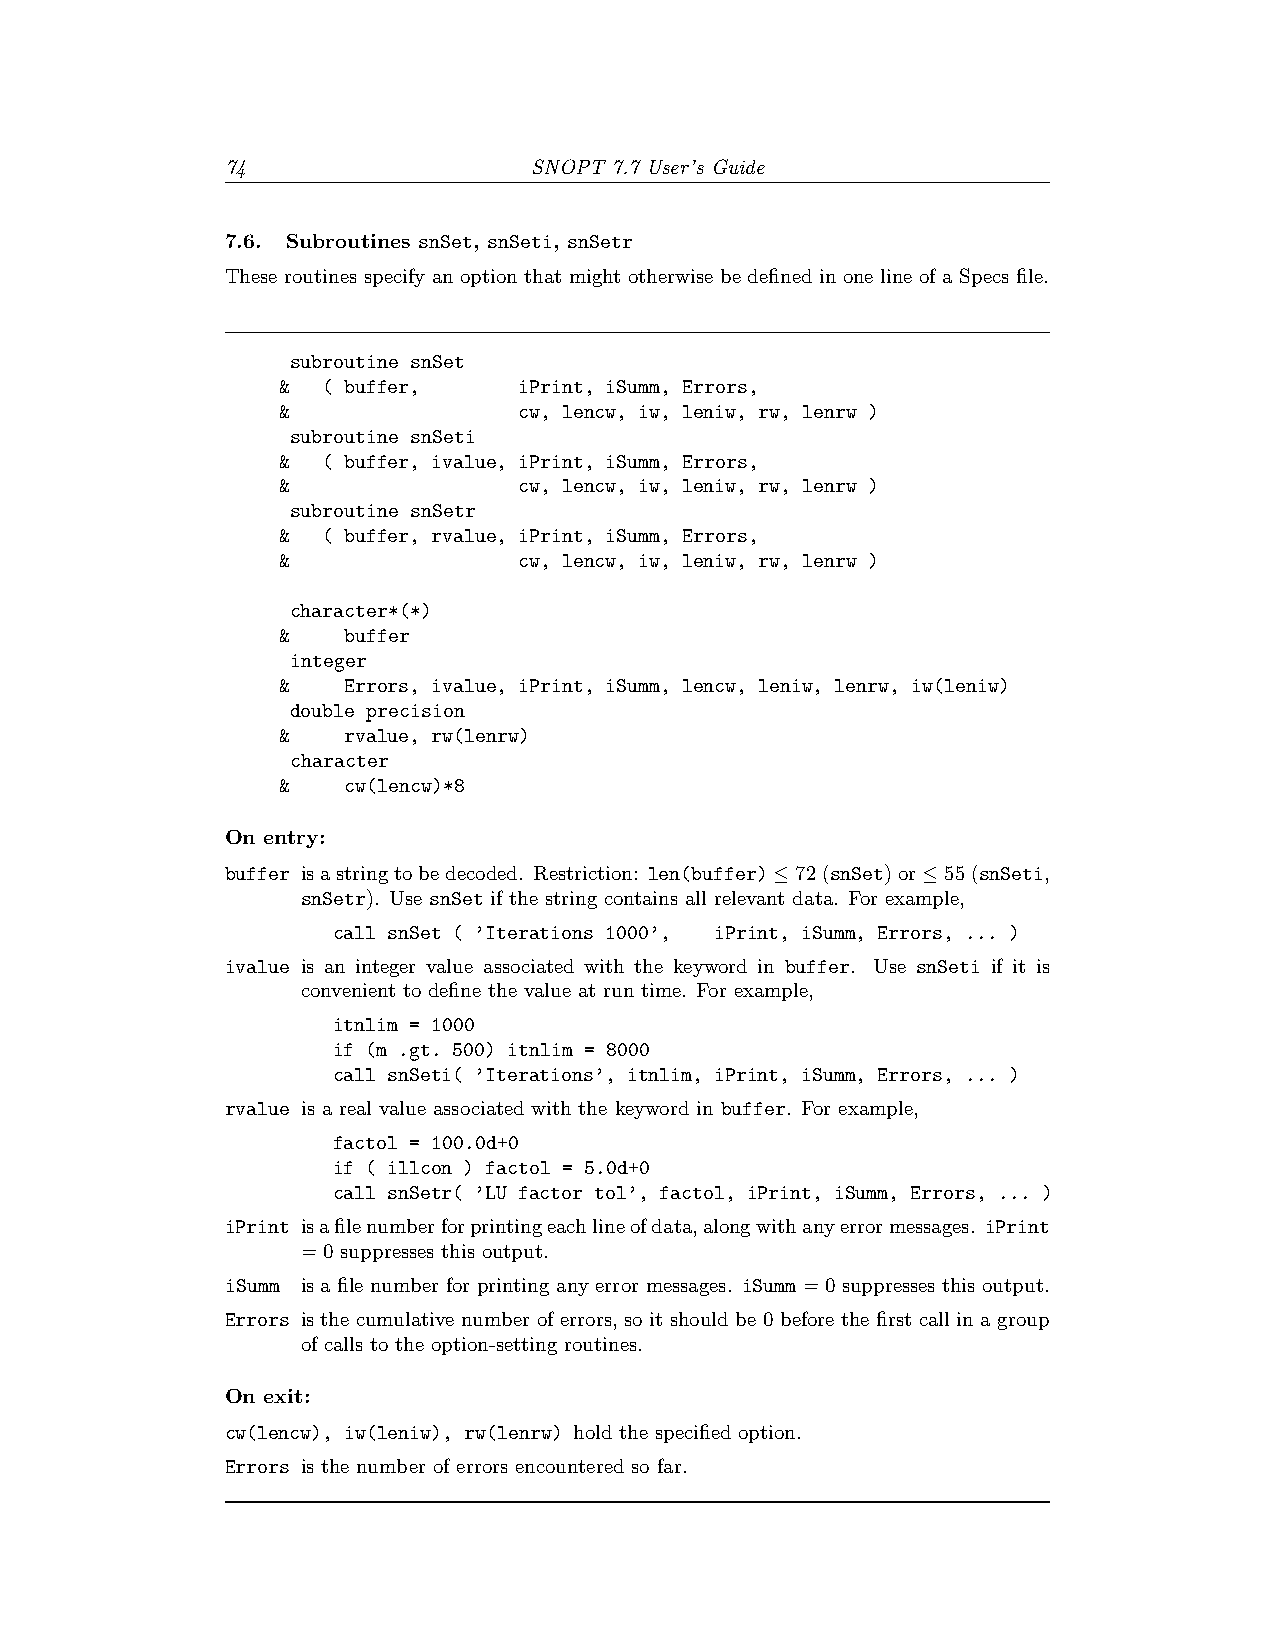
74                  SNOPT 7.7 User’s Guide
 7.6. Subroutines snSet, snSeti, snSetr
 These routines specify an option that might otherwise be defined in one line of a Specs file.
 subroutine snSet
 & ( buffer,    iPrint, iSumm, Errors,
 &              cw, lencw, iw, leniw, rw, lenrw )
 subroutine snSeti
 & ( buffer, ivalue, iPrint, iSumm, Errors,
 &              cw, lencw, iw, leniw, rw, lenrw )
 subroutine snSetr
 & ( buffer, rvalue, iPrint, iSumm, Errors,
 &              cw, lencw, iw, leniw, rw, lenrw )
 character*(*)
 &   buffer
 integer
 &   Errors, ivalue, iPrint, iSumm, lencw, leniw, lenrw, iw(leniw)
 double precision
 &   rvalue, rw(lenrw)
 character
 &   cw(lencw)*8
 On entry:
 buffer isastringtobedecoded. Restriction: len(buffer)≤72(snSet)or≤55(snSeti,
 snSetr). Use snSet if the string contains all relevant data. For example,
 call snSet ( ’Iterations 1000’, iPrint, iSumm, Errors, ... )
 ivalue is an integer value associated with the keyword in buffer. Use snSeti if it is
 convenient to define the value at run time. For example,
 itnlim = 1000
 if (m .gt. 500) itnlim = 8000
 call snSeti( ’Iterations’, itnlim, iPrint, iSumm, Errors, ... )
 rvalue is a real value associated with the keyword in buffer. For example,
 factol = 100.0d+0
 if ( illcon ) factol = 5.0d+0
 call snSetr( ’LU factor tol’, factol, iPrint, iSumm, Errors, ... )
 iPrint isafilenumberforprintingeachlineofdata,alongwithanyerrormessages. iPrint
 = 0 suppresses this output.
 iSumm is a file number for printing any error messages. iSumm = 0 suppresses this output.
 Errors is the cumulative number of errors, so it should be 0 before the first call in a group
 of calls to the option-setting routines.
 On exit:
 cw(lencw), iw(leniw), rw(lenrw) hold the specified option.
 Errors is the number of errors encountered so far.